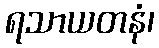
ရသာယတနံ၊